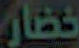
خضار